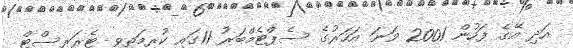
އަދި އޭގެ ފަހުން 2001 ވަނަ އަހަރުގެ ސެޕްޓެމްބަރު 11ގައި ކުރިމަތިވި ޓެރަރިސްޓް